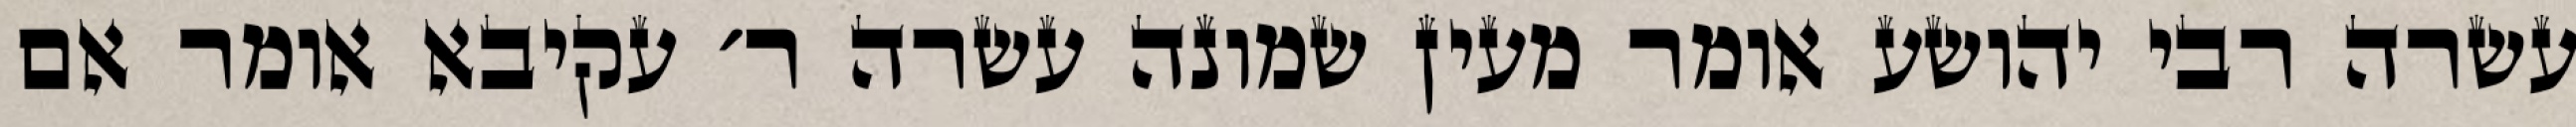
עשרה רבי יהושע אומר מעין שמונה עשרה ר׳ עקיבא אומר אם